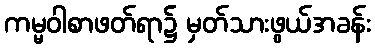
ကမ္မဝါစာဖတ်ရာ၌ မှတ်သားဖွယ်အခန်း